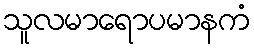
သူလမာရောပမာနကံ